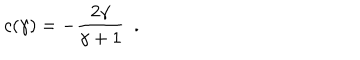
c ( \gamma ) = - { \frac { 2 \gamma } { \gamma + 1 } } ~ ~ .